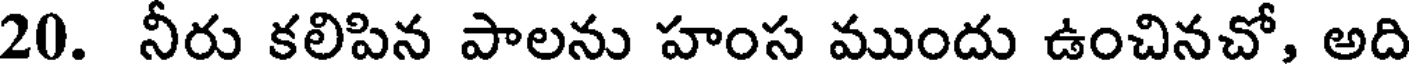
20. నీరు కలిపిన పాలను హంస ముందు ఉంచినచో, అది